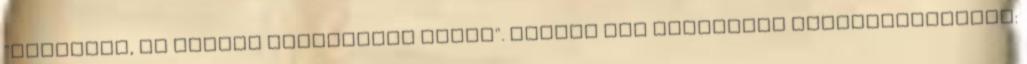
"sajnálom, és nagyon szégyellem magam". Fényit így zsarolták beszervezésekor: